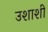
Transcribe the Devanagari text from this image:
उशाशी